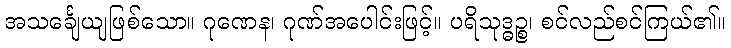
အသင်္ချေယျဖြစ်သော။ ဂုဏေန၊ ဂုဏ်အပေါင်းဖြင့်။ ပရိသုဒ္ဓဉ္စ၊ စင်လည်စင်ကြယ်၏။